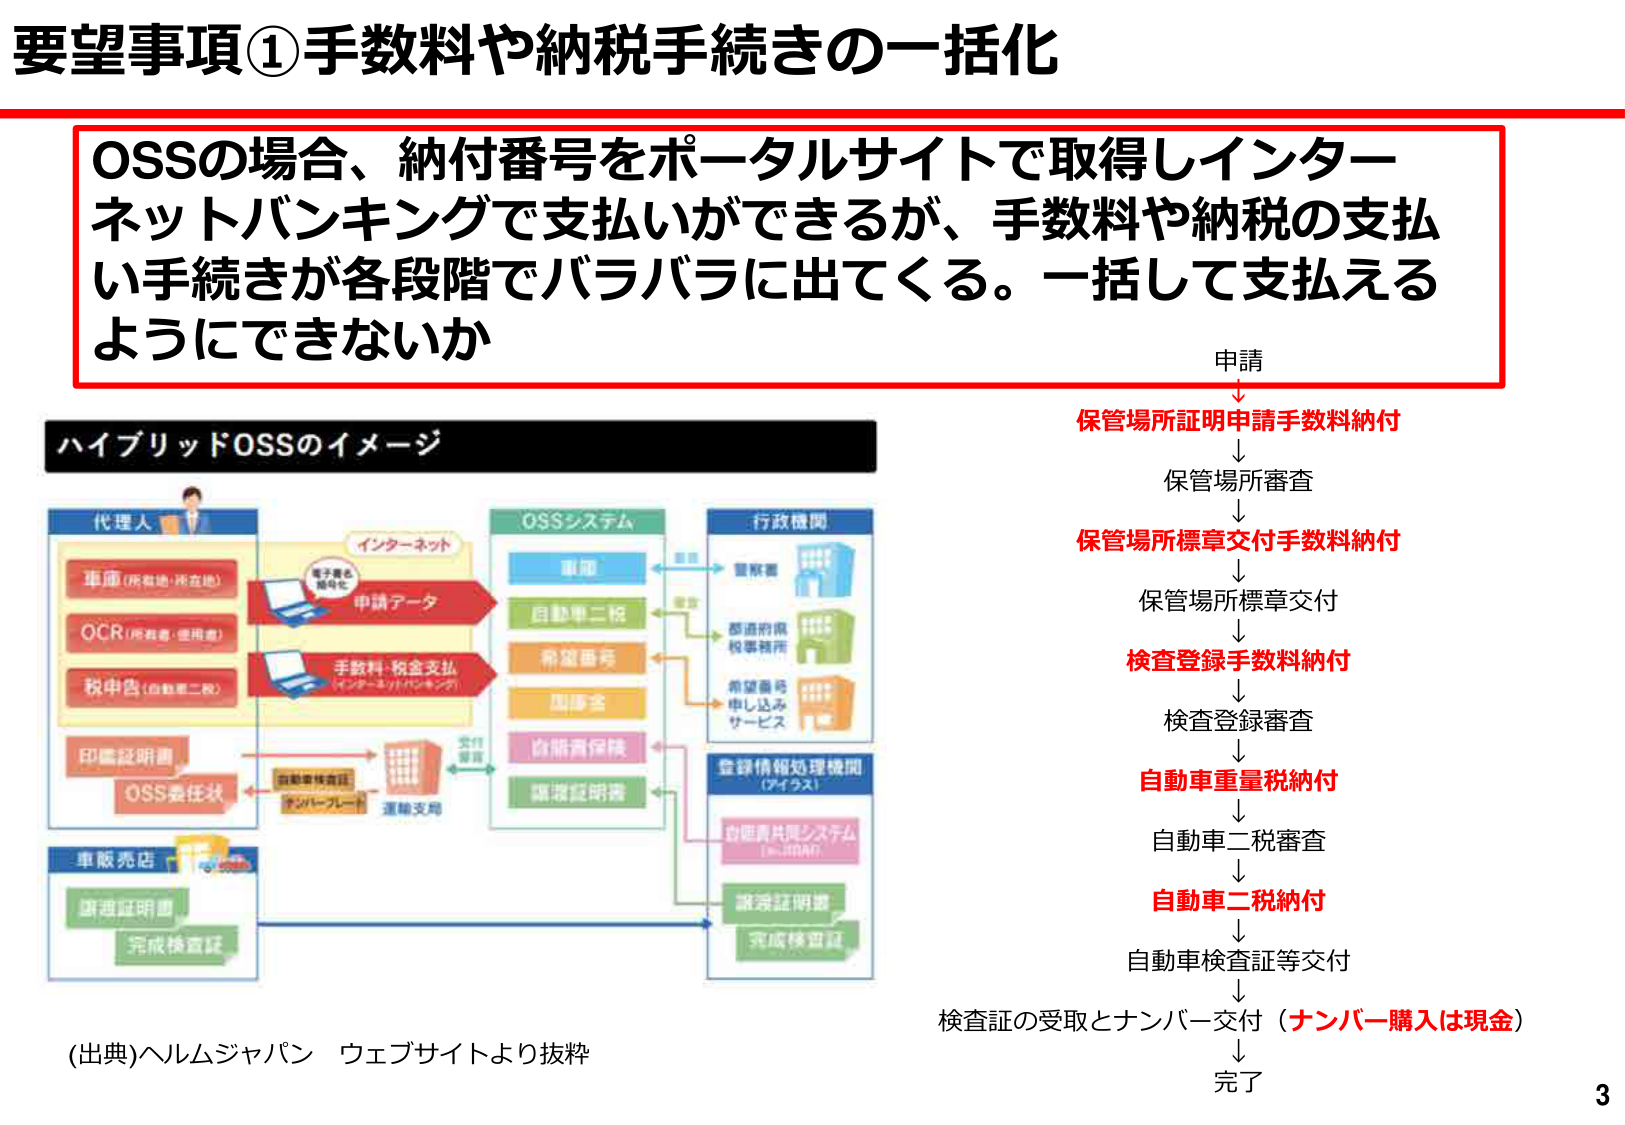
要望事項①手数料や納税手続きの一括化

OSSの場合、納付番号をポータルサイトで取得しインターネットバンキングで支払いができるが、手数料や納税の支払い手続きが各段階でバラバラに出てくる。一括して支払えるようにできないか

ハイブリッドOSSのイメージ

代理人
車両（所有地・所在地）
OCR（所有者・使用車）
税申告（自動車二税）
印鑑証明書
OSS委任状

インターネット
電子署名
暗号化
申請データ

手数料・税金支払
（インターネットバンキング）

車販売店
譲渡証明書
完成検査証

OSSシステム
車両
自動車二税
希望番号
国庫金
自賠責保険
譲渡証明書

行政機関
警察署
都道府県
税事務所
希望番号
申し込み
サービス

登録情報処理機関
（アイラス）
自賠責共済システム
（e-ROAD）
譲渡証明書
完成検査証

申請
↓
保管場所証明申請手数料納付
↓
保管場所審査
↓
保管場所標章交付手数料納付
↓
保管場所標章交付
↓
検査登録手数料納付
↓
検査登録審査
↓
自動車重量税納付
↓
自動車二税審査
↓
自動車二税納付
↓
自動車検査証等交付
↓
検査証の受取とナンバー交付（ナンバー購入は現金）
↓
完了

(出典)ヘルムジャパン ウェブサイトより抜粋

3